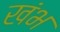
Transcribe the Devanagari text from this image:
खंभ